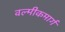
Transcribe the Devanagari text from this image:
वल्मीकमार्ग